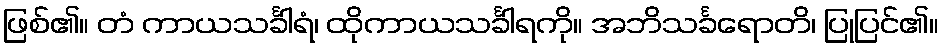
ဖြစ်၏။ တံ ကာယသင်္ခါရံ၊ ထိုကာယသင်္ခါရကို။ အဘိသင်္ခရောတိ၊ ပြုပြင်၏။